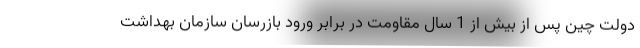
دولت چین پس از بیش از 1 سال مقاومت در برابر ورود بازرسان سازمان بهداشت